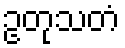
ဥတုသတံ